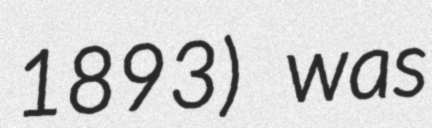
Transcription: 1893) was